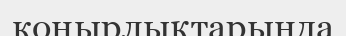
коңырлықтарында